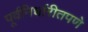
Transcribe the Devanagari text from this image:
पूर्वनिर्धारीतपणे